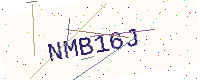
Text: NMB16J